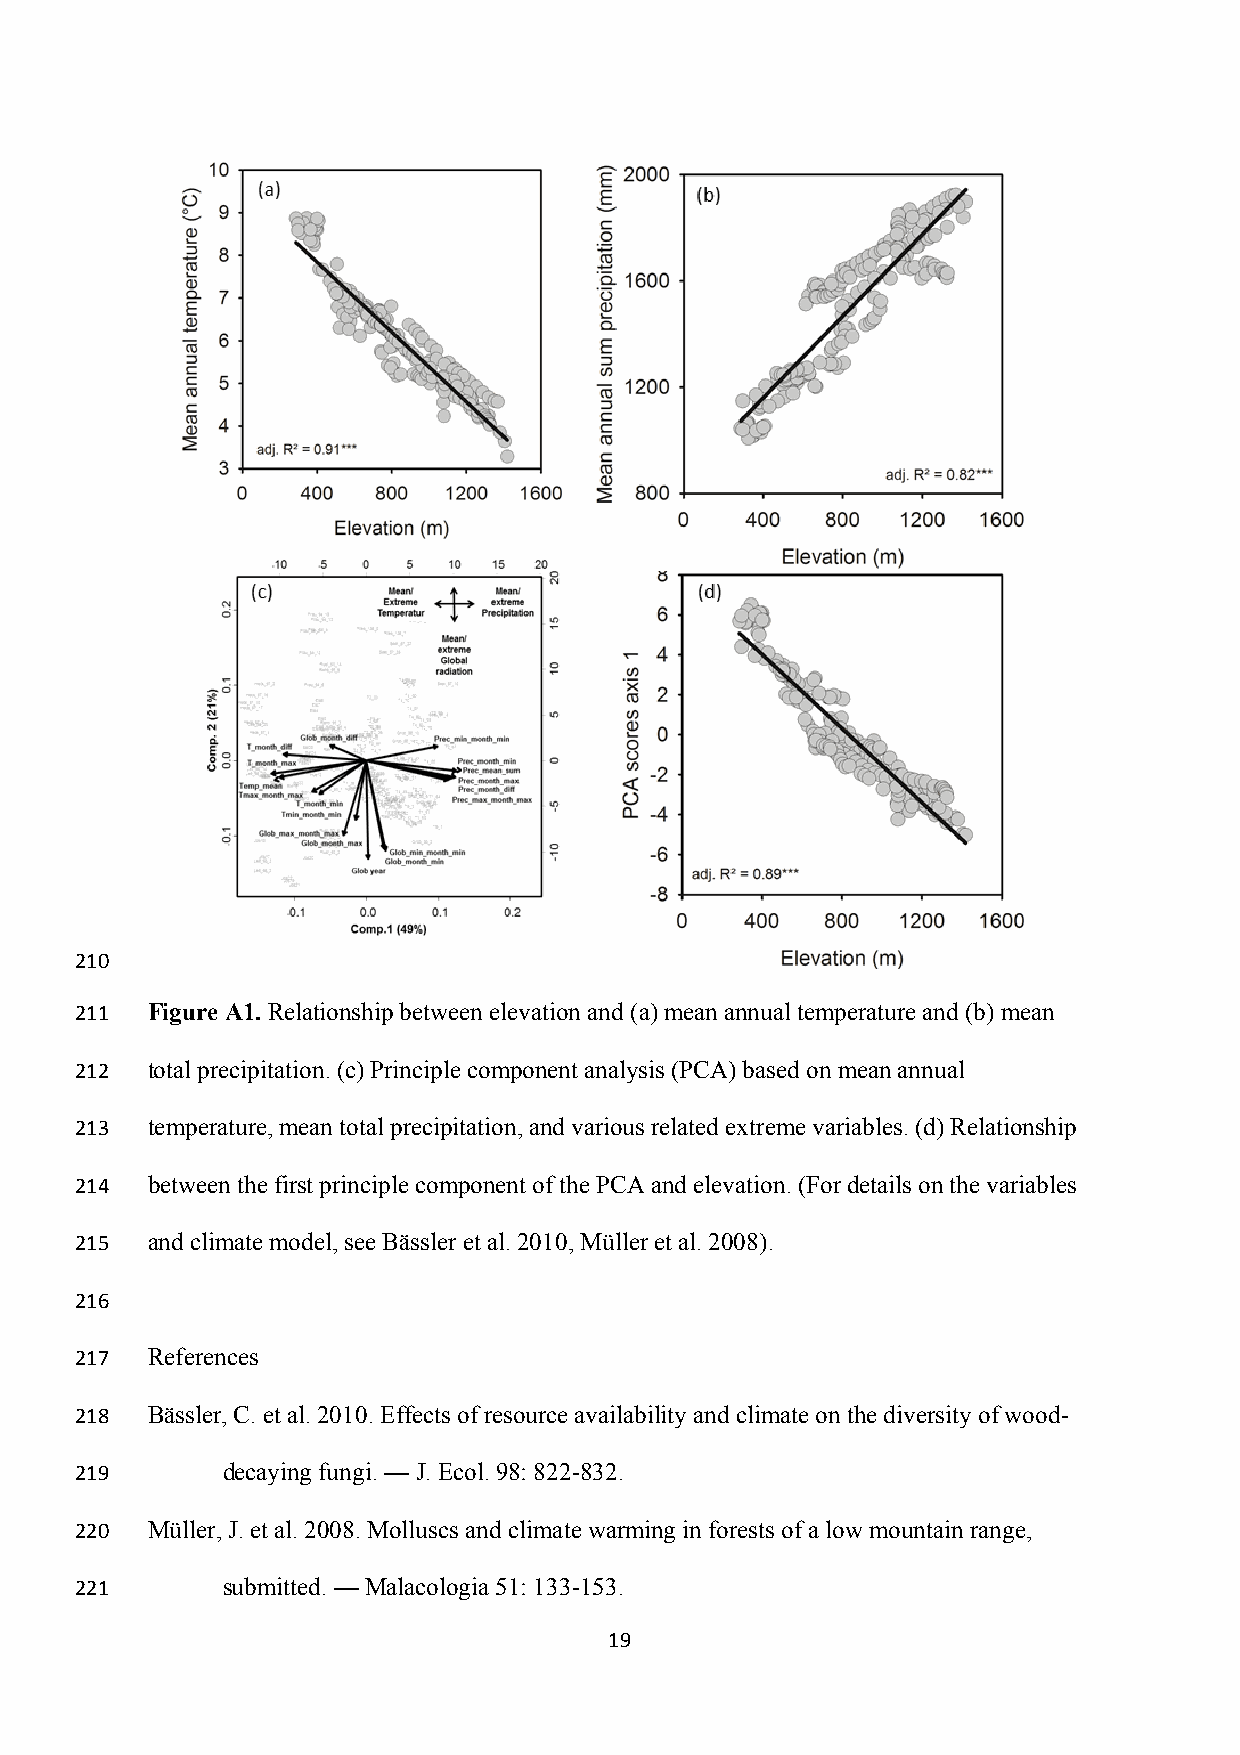
210
 211  Figure A1. Relationship between elevation and (a) mean annual temperature and (b) mean
 212  total precipitation. (c) Principle component analysis (PCA) based on mean annual
 213  temperature, mean total precipitation, and various related extreme variables. (d) Relationship
 214  between the first principle component of the PCA and elevation. (For details on the variables
 215  and climate model, see Bässler et al. 2010, Müller et al. 2008).
 216
 217  References
 218  Bässler, C. et al. 2010. Effects of resource availability and climate on the diversity of wood-
 219       decaying fungi. — J. Ecol. 98: 822-832.
 220  Müller, J. et al. 2008. Molluscs and climate warming in forests of a low mountain range,
 221       submitted. — Malacologia 51: 133-153.
 19